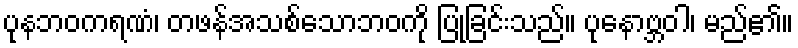
ပုနဘဝကရဏံ၊ တဖန်အသစ်သောဘဝကို ပြုခြင်းသည်။ ပုနောဗ္ဘဝါ၊ မည်၏။